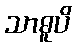
သာဓူပိ